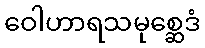
ဝေါဟာရသမုစ္ဆေဒံ